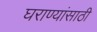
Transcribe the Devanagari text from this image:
घराण्यांसाठी